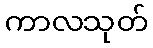
ကာလသုတ်